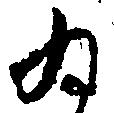
ゐ